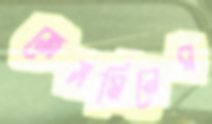
জেসমিনের